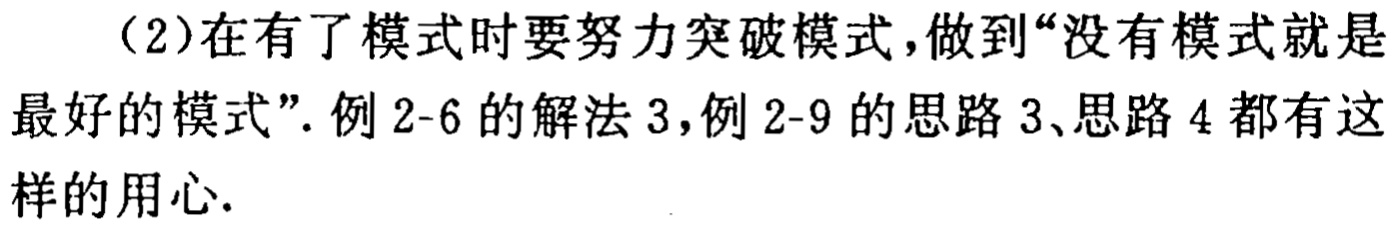
（2）在有了模式时要努力突破模式，做到“没有模式就是最好的模式”. 例2-6的解法3，例2-9的思路3、思路4都有这样的用心.